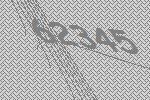
62345